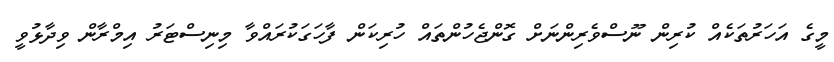
މީގެ އަހަރުތަކެއް ކުރިން ނޫސްވެރިންނަށް ގޮންޖެހުންތައް ހުރިކަން ފާހަގަކުރައްވާ މިނިސްޓަރު އިމްރާން ވިދާޅުވީ